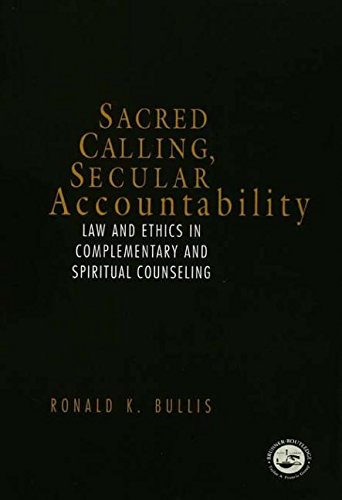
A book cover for Sacred Calling, Secular Accountability: Law and Ethics in Complementary and Spiritual Counseling; Ronald Bullis; Law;